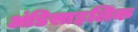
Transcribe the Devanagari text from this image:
अंडिसाइलिक